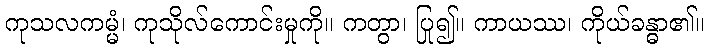
ကုသလကမ္မံ၊ ကုသိုလ်ကောင်းမှုကို။ ကတွာ၊ ပြု၍။ ကာယဿ၊ ကိုယ်ခန္ဓာ၏။